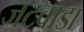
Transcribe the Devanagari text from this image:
जटवाडा